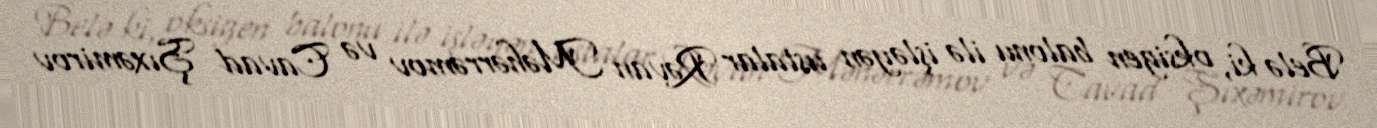
Belə ki, oksigen balonu ilə işləyən ustalar Rəvan Məhərrəmov və Cavad Şıxəmirov